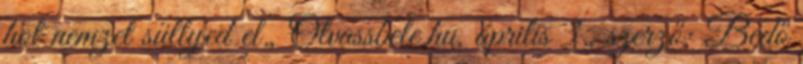
hol nemzet süllyed el., Olvassbele.hu, április 3., szerző: Bedő